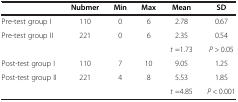
|  | Nubmer | Min | Max | Mean | SD |
 | --- | --- | --- | --- | --- | --- |
 | Pre-test group I | 110 | 0 | 6 | 2.78 | 0.67 |
 | Pre-test group II | 221 | 0 | 6 | 2.35 | 0.54 |
 |  |  |  |  | t =1.73 | P > 0.05 |
 | Post-test group I | 110 | 7 | 10 | 9.05 | 1.25 |
 | Post-test group II | 221 | 4 | 8 | 5.53 | 1.85 |
 |  |  |  |  | t =4.85 | P < 0.001 |